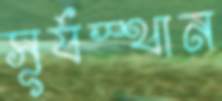
সূর্যস্থান